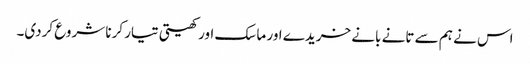
اس نے ہم سے تانے بانے خریدے اور ماسک اور کھیتی تیار کرنا شروع کردی۔